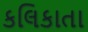
કલિકાતા